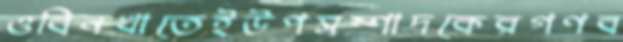
ওবিনখাতেইউপসম্পাদকেরগণব